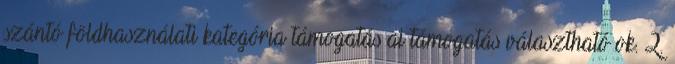
szántó földhasználati kategória támogatás ai támogatás választható ok. 2.